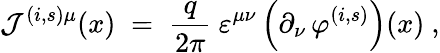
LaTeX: {\mathcal J}^{(i,s)\mu}(x)\; =\; \frac{q}{2\pi}~\varepsilon^{\mu\nu}\left(\partial_{\nu}\, \varphi^{(i,s)}\right)(x)~,